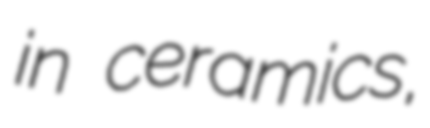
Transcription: in ceramics,